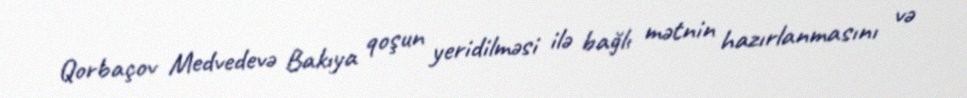
Qorbaçov Medvedevə Bakıya qoşun yeridilməsi ilə bağlı mətnin hazırlanmasını və